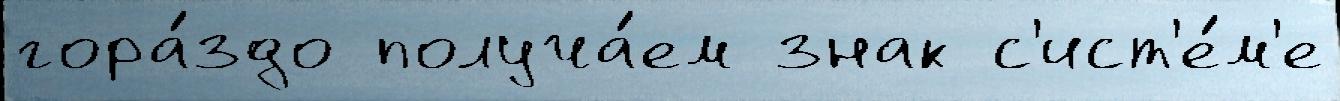
гора́здо получа́ем знак с'ист'е́м'е